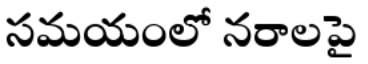
సమయంలో నరాలపై